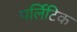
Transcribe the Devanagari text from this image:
पर्लिटिक